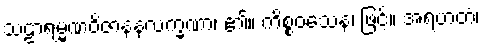
သဠာရမ္မဏဝိဇာနနလက္ခဏာ၊ ၏။ ကိစ္စဝသေန၊ ဖြင့်။ အရဟတံ၊